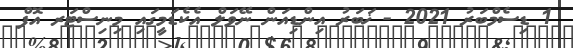
1 ޑިސެމްބަރު 2021 - ޚަބަރު އިންޑިއަން ނޭވަލް އެކެޑަމީގައި މިނިސްޓަރ އޮފް